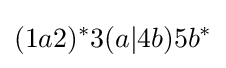
(1a2)^{*}3(a|4b)5b^{*}